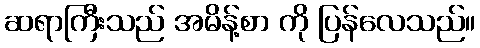
ဆရာကြီးသည် အမိန့်စာ ကို ပြန်လေသည်။